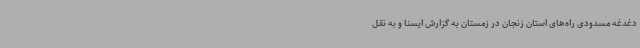
دغدغه مسدودی راه‌های استان زنجان در زمستان به گزارش ایسنا و به نقل